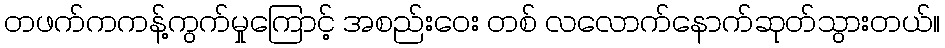
တဖက်ကကန့်ကွက်မှုကြောင့် အစည်းဝေး တစ် လလောက်နောက်ဆုတ်သွားတယ်။